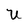
Character: U